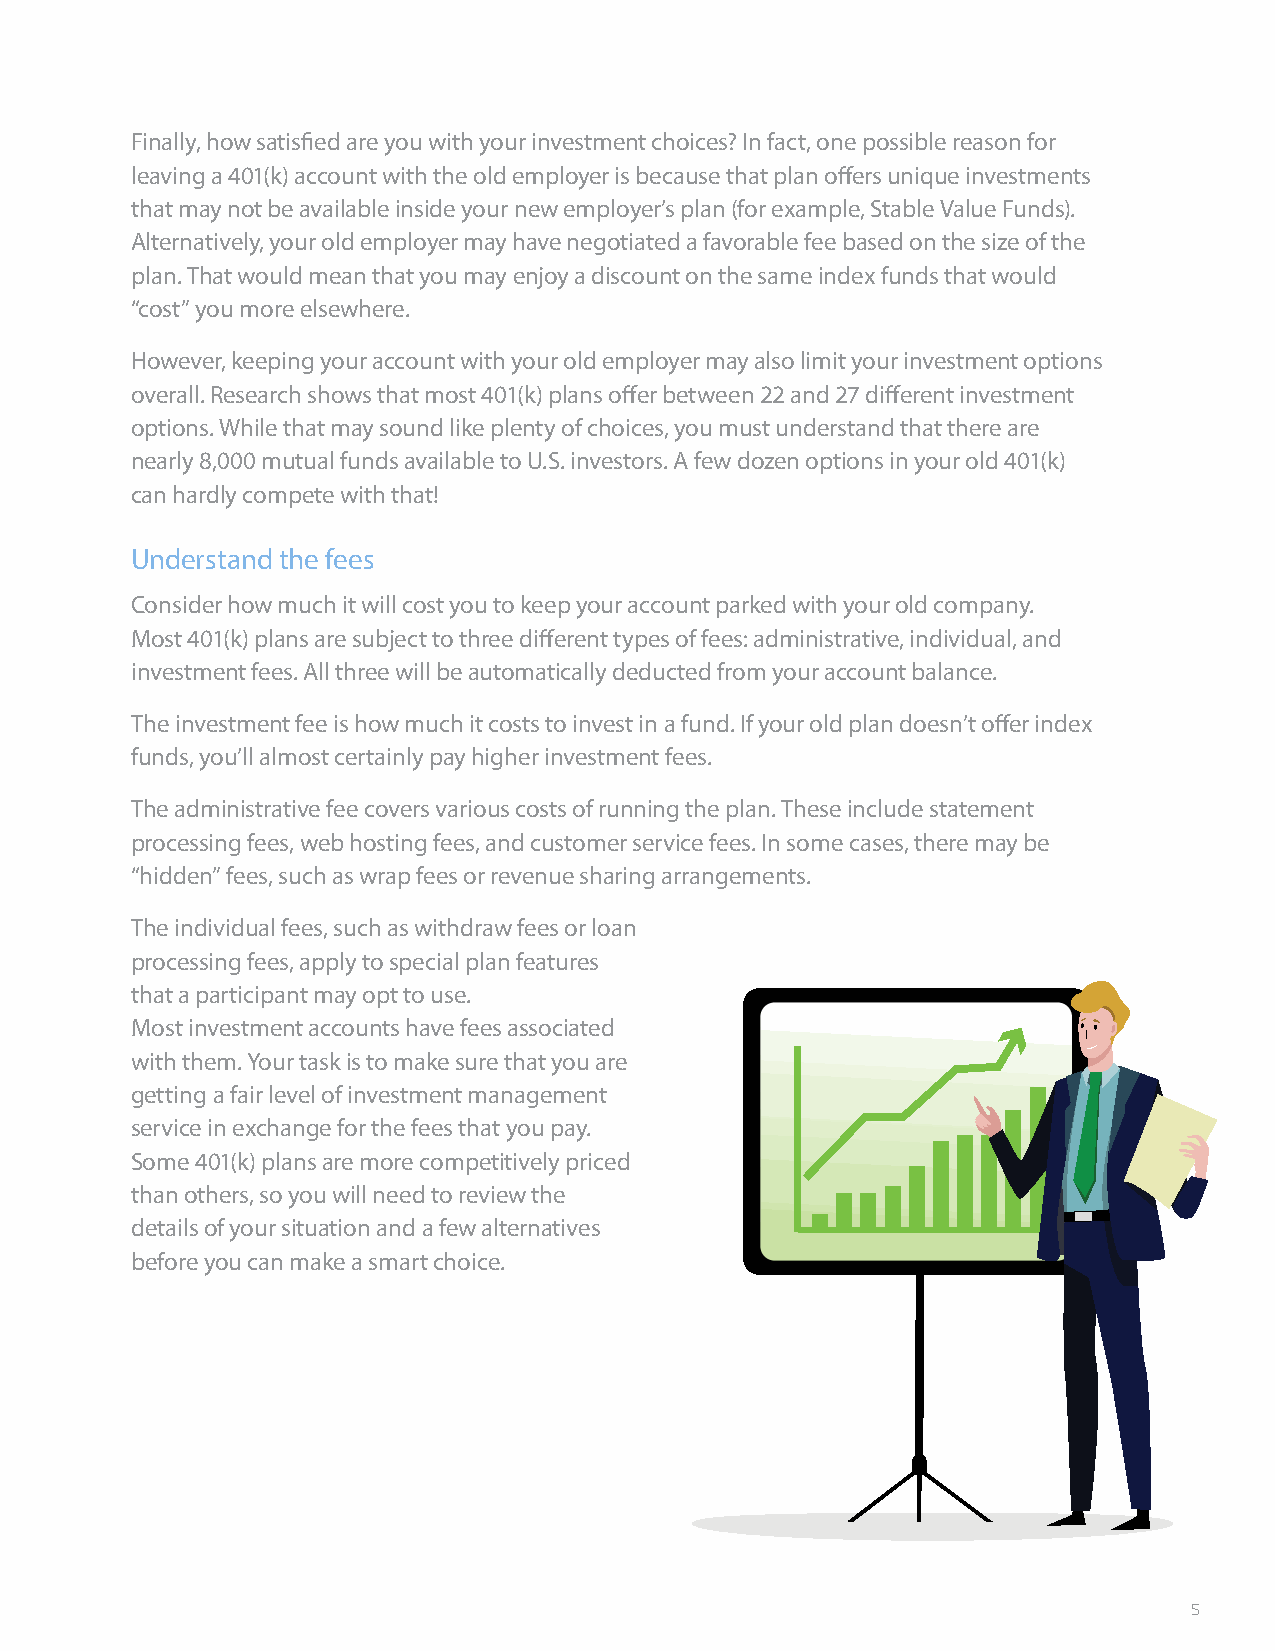
Finally, how satisfied are you with your investment choices? In fact, one possible reason for
 leaving a 401(k) account with the old employer is because that plan offers unique investments
 that may not be available inside your new employer’s plan (for example, Stable Value Funds).
 Alternatively, your old employer may have negotiated a favorable fee based on the size of the
 plan. That would mean that you may enjoy a discount on the same index funds that would
 “cost” you more elsewhere.
 However, keeping your account with your old employer may also limit your investment options
 overall. Research shows that most 401(k) plans offer between 22 and 27 different investment
 options. While that may sound like plenty of choices, you must understand that there are
 nearly 8,000 mutual funds available to U.S. investors. A few dozen options in your old 401(k)
 can hardly compete with that!
 Understand the fees
 Consider how much it will cost you to keep your account parked with your old company.
 Most 401(k) plans are subject to three different types of fees: administrative, individual, and
 investment fees. All three will be automatically deducted from your account balance.
 The investment fee is how much it costs to invest in a fund. If your old plan doesn’t offer index
 funds, you’ll almost certainly pay higher investment fees.
 The administrative fee covers various costs of running the plan. These include statement
 processing fees, web hosting fees, and customer service fees. In some cases, there may be
 “hidden” fees, such as wrap fees or revenue sharing arrangements.
 The individual fees, such as withdraw fees or loan
 processing fees, apply to special plan features
 that a participant may opt to use.
 Most investment accounts have fees associated
 with them. Your task is to make sure that you are
 getting a fair level of investment management
 service in exchange for the fees that you pay.
 Some 401(k) plans are more competitively priced
 than others, so you will need to review the
 details of your situation and a few alternatives
 before you can make a smart choice.
 5